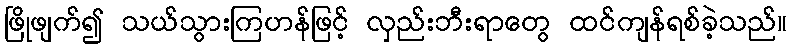
ဖြိုဖျက်၍ သယ်သွားကြဟန်ဖြင့် လှည်းဘီးရာတွေ ထင်ကျန်ရစ်ခဲ့သည်။